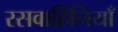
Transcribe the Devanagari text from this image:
रसवाहिनियाँ